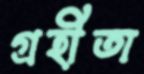
গ্রহীতা